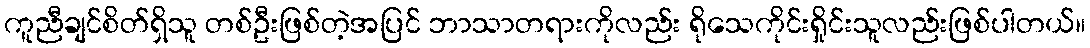
ကူညီချင်စိတ်ရှိသူ တစ်ဦးဖြစ်တဲ့အပြင် ဘာသာတရားကိုလည်း ရိုသေကိုင်းရှိုင်းသူလည်းဖြစ်ပါတယ်။